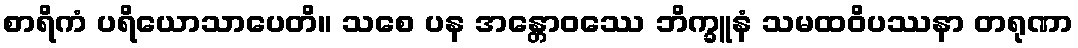
စာရိကံ ပရိယောသာပေတိ။ သစေ ပန အန္တောဝဿေ ဘိက္ခူနံ သမထဝိပဿနာ တရုဏာ